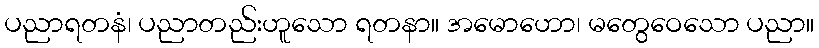
ပညာရတနံ၊ ပညာတည်းဟူသော ရတနာ။ အမောဟော၊ မတွေဝေသော ပညာ။